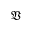
\mathfrak { V }